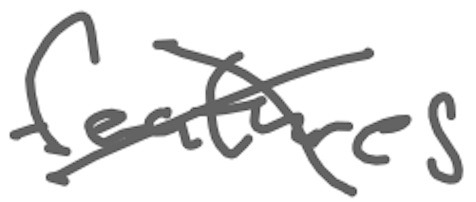
Text: features
Cross-out: cross
Writing tool: digital_gray